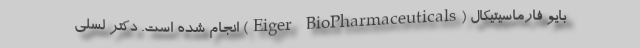
بایو فارماسیتیکال (Eiger BioPharmaceuticals) انجام شده است. دکتر لسلی